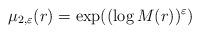
LaTeX: \begin{align*} \mu_{2,\varepsilon}(r)= \exp((\log M(r))^{\varepsilon})\end{align*}